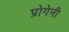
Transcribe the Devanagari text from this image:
प्रोगेनी